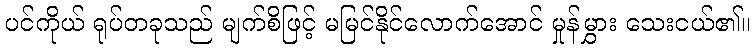
ပင်ကိုယ် ရုပ်တခုသည် မျက်စိဖြင့် မမြင်နိုင်လောက်အောင် မှုန်မွှား သေးငယ်၏။